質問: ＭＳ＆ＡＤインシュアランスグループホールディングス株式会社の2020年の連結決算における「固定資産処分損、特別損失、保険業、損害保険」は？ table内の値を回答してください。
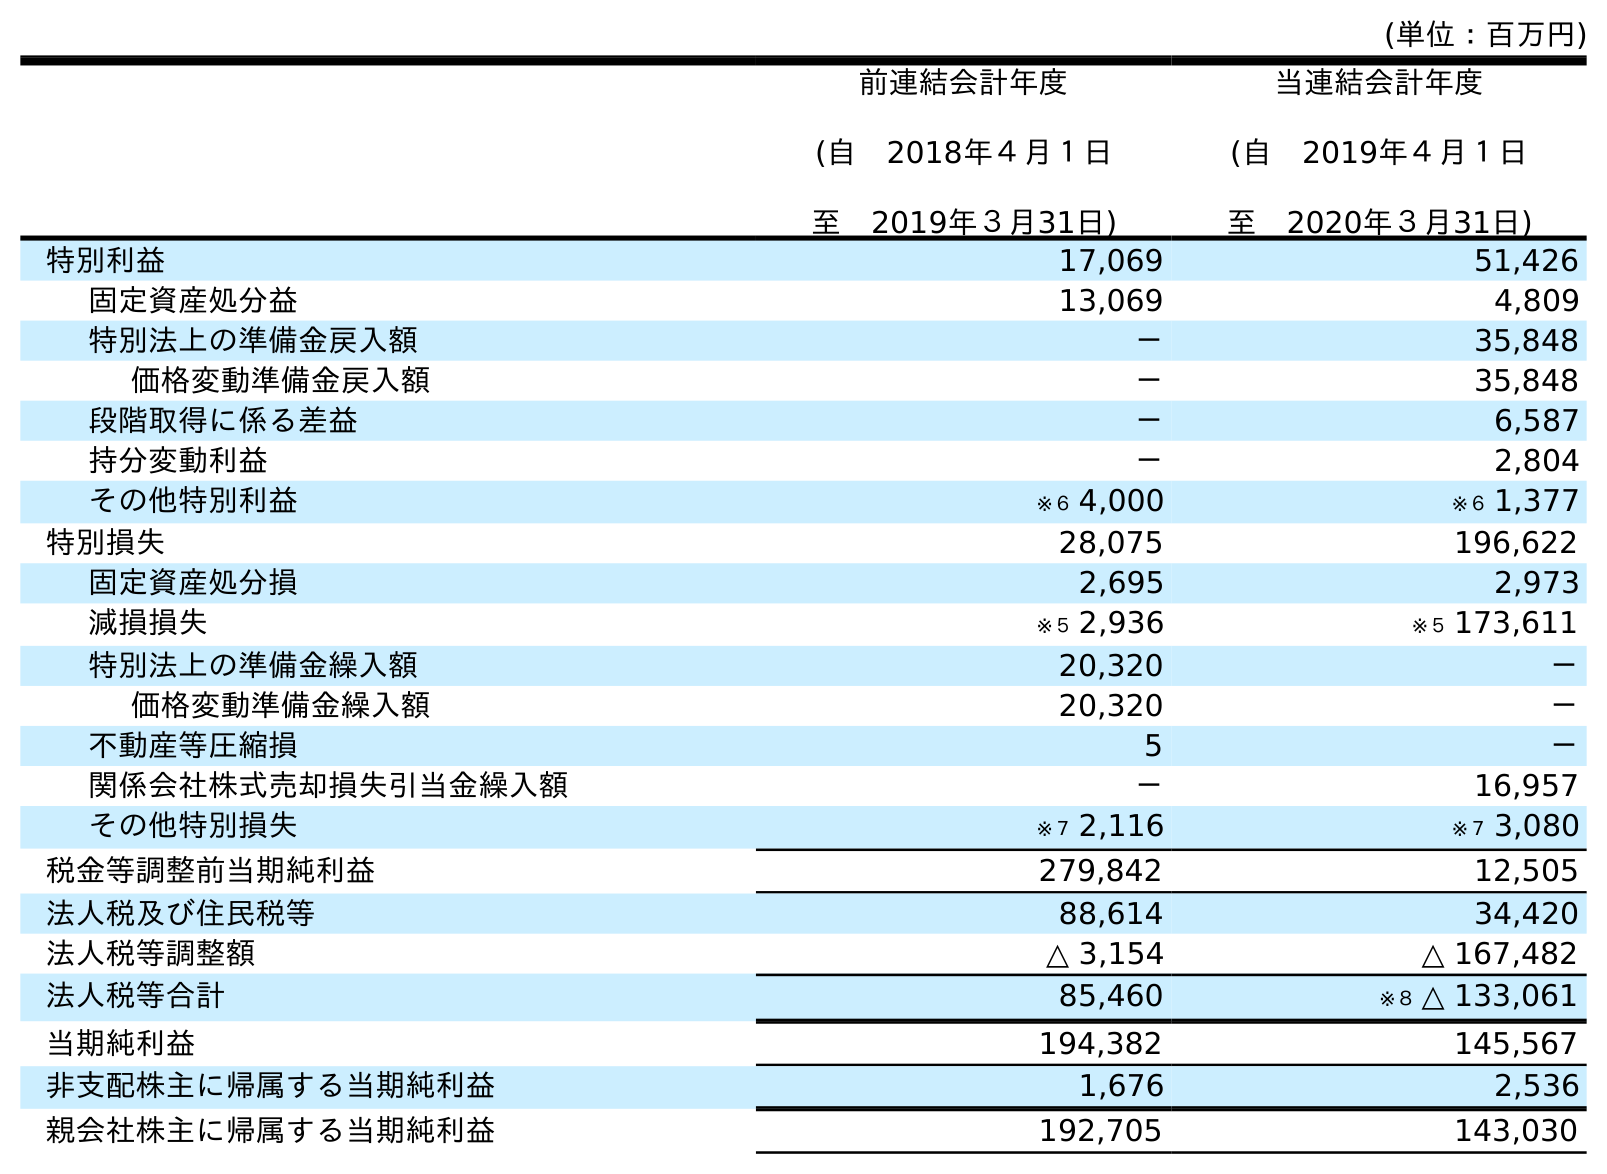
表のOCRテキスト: (単位：百万円) 前連結会計年度 (自 2018年４月１日 至 2019年３月31日) 当連結会計年度 (自 2019年４月１日 至 2020年３月31日) 特別利益 17,069 51,426 固定資産処分益 13,069 4,809 特別法上の準備金戻入額 － 35,848 価格変動準備金戻入額 － 35,848 段階取得に係る差益 － 6,587 持分変動利益 － 2,804 その他特別利益 ※６ 4,000 ※６ 1,377 特別損失 28,075 196,622 固定資産処分損 2,695 2,973 減損損失 ※５ 2,936 ※５ 173,611 特別法上の準備金繰入額 20,320 － 価格変動準備金繰入額 20,320 － 不動産等圧縮損 5 － 関係会社株式売却損失引当金繰入額 － 16,957 その他特別損失 ※７ 2,116 ※７ 3,080 税金等調整前当期純利益 279,842 12,505 法人税及び住民税等 88,614 34,420 法人税等調整額 △ 3,154 △ 167,482 法人税等合計 85,460 ※８ △ 133,061 当期純利益 194,382 145,567 非支配株主に帰属する当期純利益 1,676 2,536 親会社株主に帰属する当期純利益 192,705 143,030
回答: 2,973